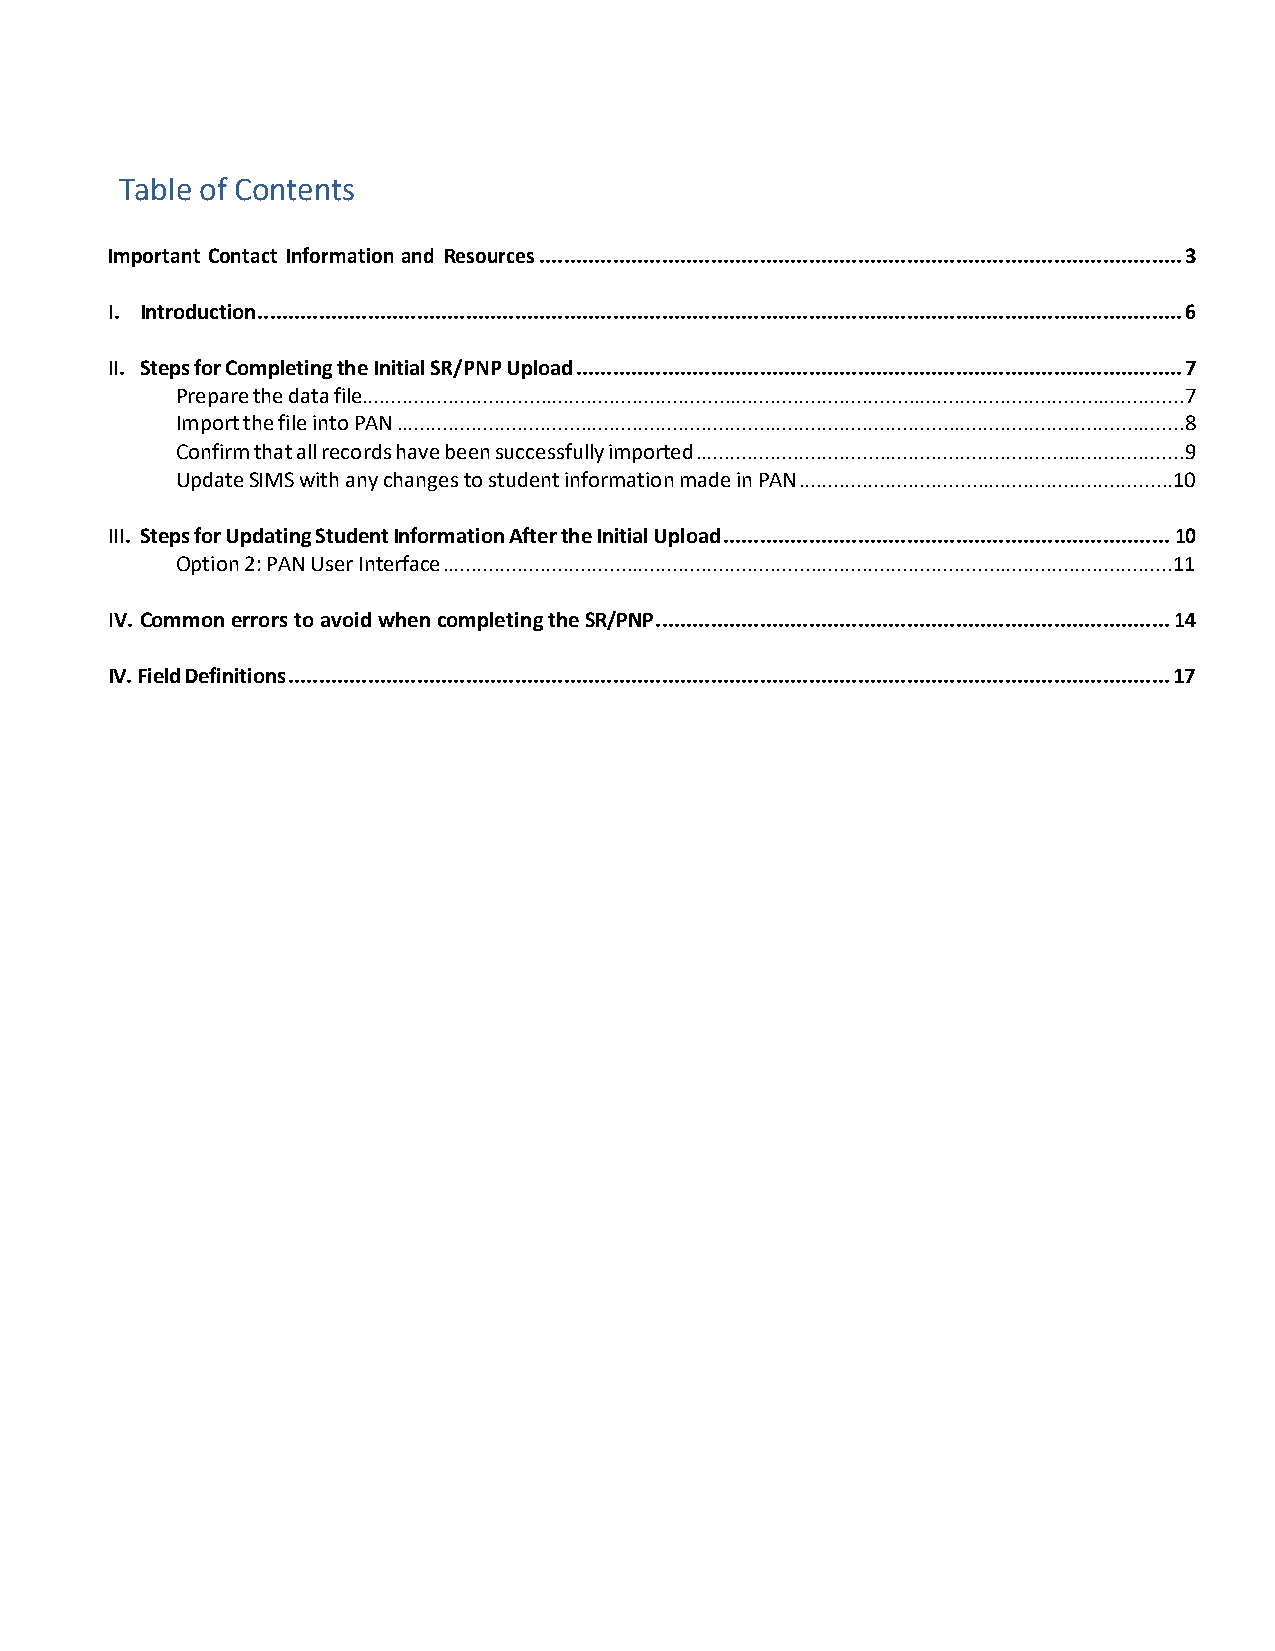
Table of Contents
 Important Contact Information and Resources ......................................................................................................... 3
 I. Introduction ....................................................................................................................................................... 6
 II. Steps for Completing the Initial SR/PNP Upload ................................................................................................... 7
 Prepare the data file ...............................................................................................................................................7
 Import the file into PAN .........................................................................................................................................8
 Confirm that all records have been successfully imported .....................................................................................9
 Update SIMS with any changes to student information made in PAN .................................................................10
 III. Steps for Updating Student Information After the Initial Upload ......................................................................... 10
 Option 2: PAN User Interface ...............................................................................................................................11
 IV. Common errors to avoid when completing the SR/PNP .................................................................................... 14
 IV. Field Definitions ................................................................................................................................................ 17